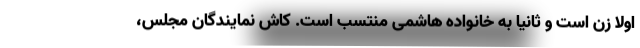
اولا زن است و ثانیا به خانواده هاشمی منتسب است. کاش نمایندگان مجلس،